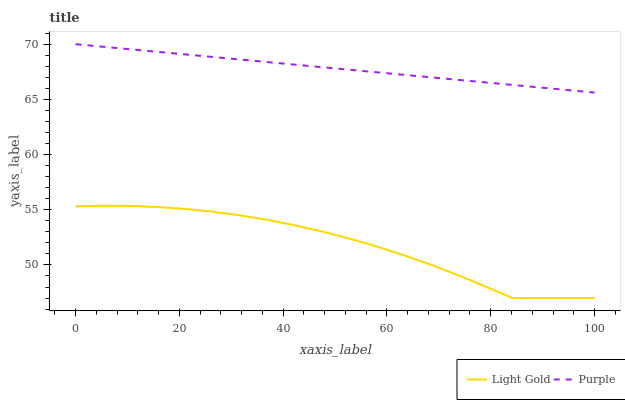
| xaxis_label | Light Gold | Purple |
 | --- | --- | --- |
 | 0 | 55.3 | 70 |
 | 5.26 | 55.4 | 69.8 |
 | 10.5 | 55.3 | 69.5 |
 | 15.8 | 55.3 | 69.3 |
 | 21.1 | 55.1 | 69.1 |
 | 26.3 | 54.8 | 68.8 |
 | 31.6 | 54.5 | 68.6 |
 | 36.8 | 54.1 | 68.4 |
 | 42.1 | 53.6 | 68.2 |
 | 47.4 | 53 | 67.9 |
 | 52.6 | 52.4 | 67.7 |
 | 57.9 | 51.7 | 67.5 |
 | 63.2 | 50.9 | 67.2 |
 | 68.4 | 50 | 67 |
 | 73.7 | 49.1 | 66.8 |
 | 78.9 | 48.1 | 66.5 |
 | 84.2 | 47 | 66.3 |
 | 89.5 | 47 | 66.1 |
 | 94.7 | 47 | 65.8 |
 | 100 | 47 | 65.6 |